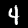
Label: 4